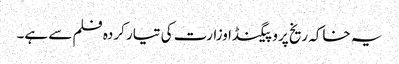
یہ خاکہ ریخ پروپیگنڈا وزارت کی تیار کردہ فلم سے ہے۔